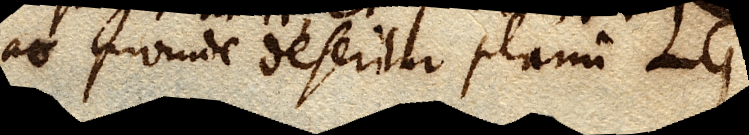
ac proinde deseritur planum LG